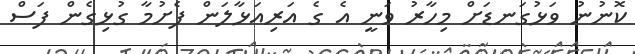
ކޮނުނު ވަޅުގަނޑަށް މިހާރު ވަނީ އެ ގެ އަރިއަޅާލަން ފެށުމާ ގުޅިގެން ފަސް